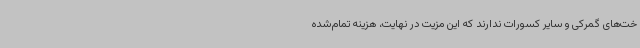
خت‌های گمرکی و سایر کسورات ندارند که این مزیت در نهایت، هزینه تمام‌شده